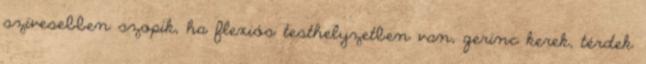
szivesebben szopik, ha flexiós testhelyzetben van, gerinc kerek, térdek